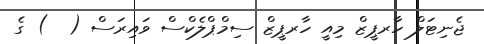
ޖެނިޓަލް ހާރޕީޒް މިއީ ހާރޕީޒް ސިމްޕްލެކްސް ވައިރަސް (  ) ގެ